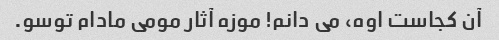
آن کجاست اوه، می دانم! موزه آثار مومی مادام توسو.